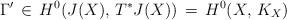
LaTeX: \begin{align*}\Gamma'\, \in\, H^0(J(X),\, T^*J(X))\,=\, H^0(X,\, K_X)\end{align*}